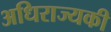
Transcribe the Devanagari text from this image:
अधिराज्यकी